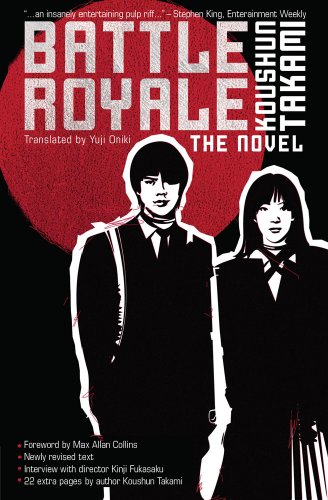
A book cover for Battle Royale: The Novel; Koushun Takami; Science Fiction & Fantasy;